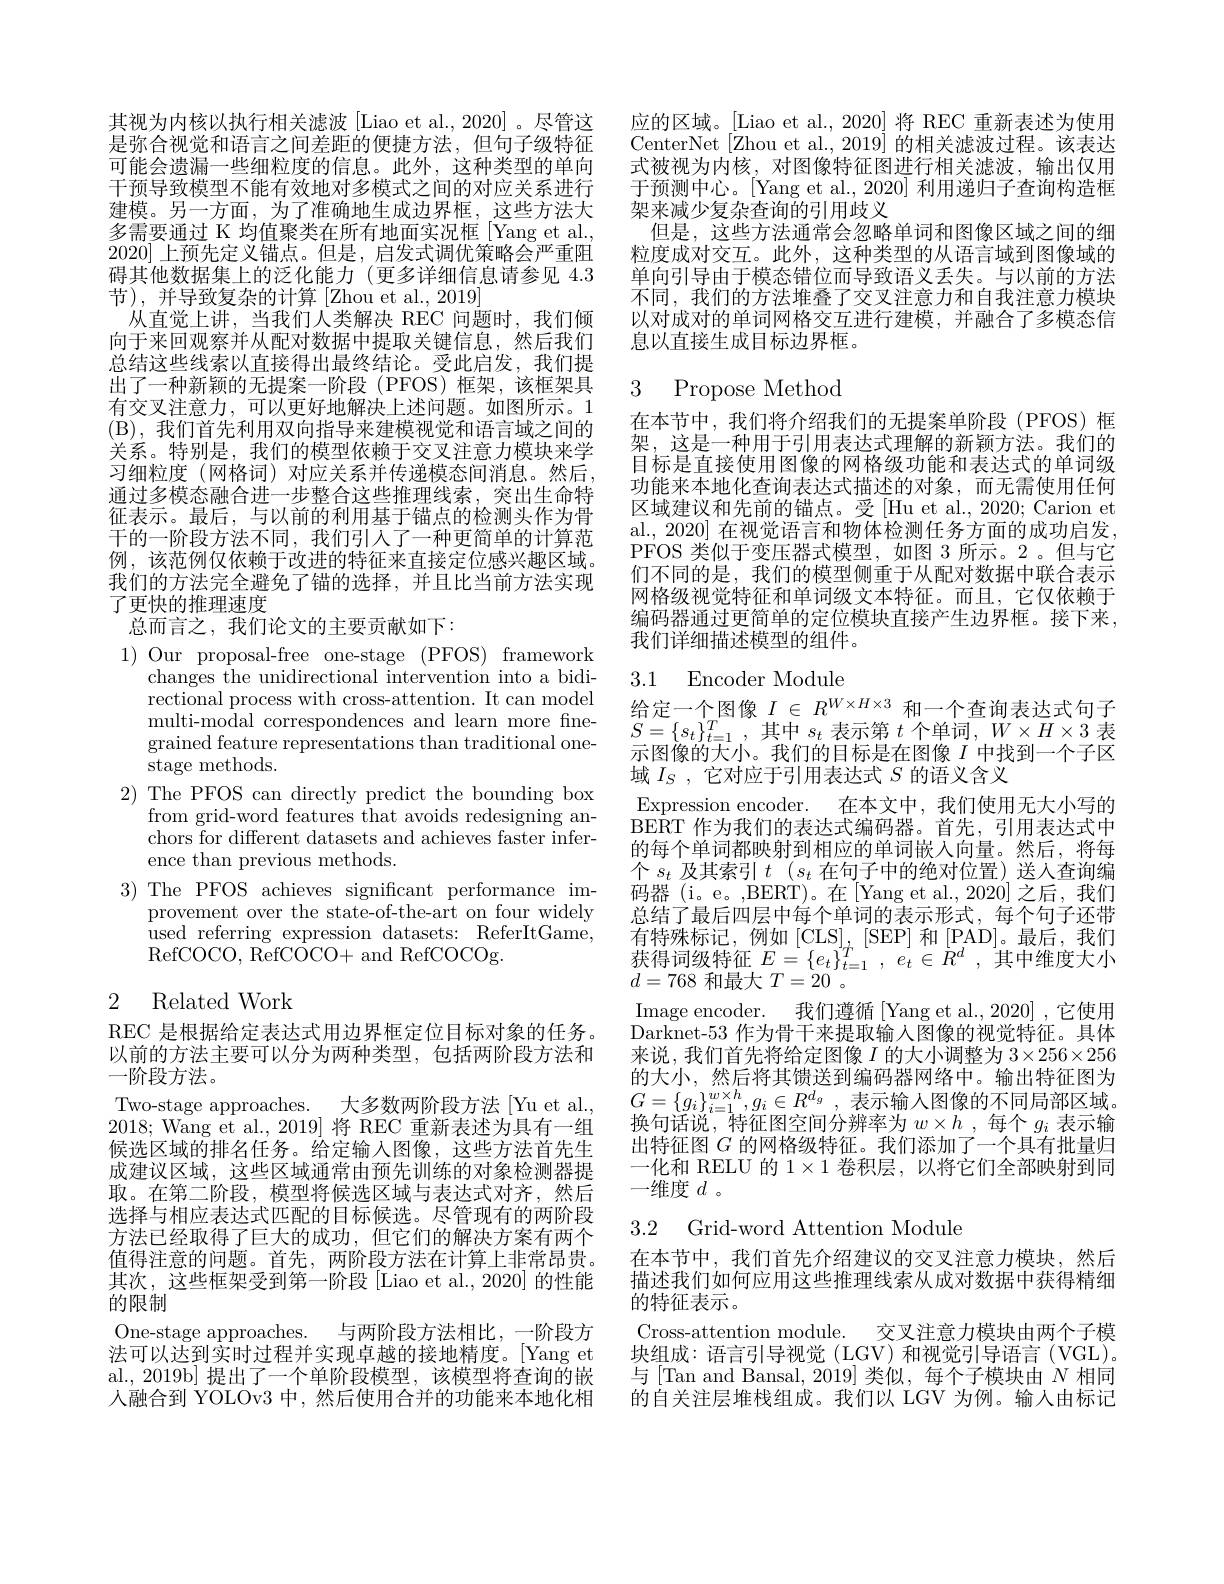
其视为内核以执行相关滤波[Liao et al.,2020]。尽管这是弥合视觉和语言之间差距的便捷方法，但句子级特征可能会遗漏一些细粒度的信息。此外，这种类型的单向干预导致模型不能有效地对多模式之间的对应关系进行建模。另一方面，为了准确地生成边界框，这些方法大多需要通过 K 均值聚类在所有地面实况框[Yang et al., 2020]上预先定义锚点。但是，启发式调优策略会严重阻碍其他数据集上的泛化能力(更多详细信息请参见 4.3节),并导致复杂的计算[Zhou et al.,2019]
从直觉上讲，当我们人类解决 REC 问题时，我们倾向于来回观察并从配对数据中提取关键信息，然后我们总结这些线索以直接得出最终结论。受此启发，我们提出了一种新颖的无提案一阶段 (PFOS)框架，该框架具有交叉注意力，可以更好地解决上述问题。如图所示。1 (B),我们首先利用双向指导来建模视觉和语言域之间的关系。特别是，我们的模型依赖于交叉注意力模块来学习细粒度 (网格词)对应关系并传递模态间消息。然后， 通过多模态融合进一步整合这些推理线索，突出生命特征表示。最后，与以前的利用基于锚点的检测头作为骨干的一阶段方法不同，我们引人了一种更简单的计算范例，该范例仅依赖于改进的特征来直接定位感兴趣区域。我们的方法完全避免了锚的选择，并且比当前方法实现了更快的推理速度
总而言之，我们论文的主要贡献如下：

1)Our proposal- free one- stage ( PFOS) framework
changes the unidirectional intervention into a bidirectional process with cross-attention. It can model multi-modal correspondences and learn more fnegrained feature representations than traditional one- ${\bar{st}}$age methods.
2) The PFOS can directly predict the bounding box
from grid-word features that avoids redesigning anchors for different datasets and achieves faster inference than previous methods.
3) The PFOS achieves significant performance im-
provement over the state-of-the-art on four widely used referring expression datasets: ReferItGame, RefCOCO, $\bar {RefCOCO}$+ and RefCOCOg.

# 2 Related Work

REC 是根据给定表达式用边界框定位目标对象的任务。以前的方法主要可以分为两种类型，包括两阶段方法和一阶段方法。
Two-stage approaches. 大多数两阶段方法 [Yu et al., 2018;Wang et al.,2019]将 REC 重新表述为具有一组候选区域的排名任务。给定输入图像，这些方法首先生成建议区域，这些区域通常由预先训练的对象检测器提取。在第二阶段，模型将候选区域与表达式对齐，然后选择与相应表达式匹配的目标候选。尽管现有的两阶段方法已经取得了巨大的成功，但它们的解决方案有两个值得注意的问题。首先，两阶段方法在计算上非常昂贵。其次，这些框架受到第一阶段 [Liao et al., 2020] 的性能的限制
One-stage approaches. 与两阶段方法相比，一阶段方法可以达到实时过程并实现卓越的接地精度。[Yang et al., 2019b] 提出了一个单阶段模型，该模型将查询的嵌人融合到 YOLOv3 中，然后使用合并的功能来本地化相

应的区域。[Liao et al.,2020] 将 REC 重新表述为使用CenterNet [Zhou et al., 2019] 的相关滤波过程。该表达式被视为内核，对图像特征图进行相关滤波，输出仅用于预测中心。[Yang et al.,2020]利用递归子查询构造框架来减少复杂查询的引用歧义
但是，这些方法通常会忽略单词和图像区域之间的细粒度成对交互。此外，这种类型的从语言域到图像域的单向引导由于模态错位而导致语义丢失。与以前的方法不同，我们的方法堆叠了交叉注意力和自我注意力模块以对成对的单词网格交互进行建模，并融合了多模态信息以直接生成目标边界框。

## 3 Propose Method

在本节中，我们将介绍我们的无提案单阶段(PFOS)框架，这是一种用于引用表达式理解的新颖方法。我们的目标是直接使用图像的网格级功能和表达式的单词级功能来本地化查询表达式描述的对象，而无需使用任何区域建议和先前的锚点。受[Hu et al., 2020; Carion et al., 2020] 在视觉语言和物体检测任务方面的成功启发PFOS 类似于变压器式模型，如图 3 所示。2。但与它们不同的是，我们的模型侧重于从配对数据中联合表示网格级视觉特征和单词级文本特征。而且，它仅依赖于编码器通过更简单的定位模块直接产生边界框。接下来， 我们详细描述模型的组件。

## 3.1 Encoder Module 给定一个图像$I\in R^{W\times H\times3}$和一个查询表达式句子

$S= \{ s_{t}\} _{t= 1}^{T}$ , 其中 $s_{t}$ 表示第 $t$ 个单词，$W\times H\times 3$ 表示图像的大小。我们的目标是在图像$I$中找到一个子区域$I_S$,它对应于引用表达式$S$的语义含义
Expression encoder. 在本文中，我们使用无大小写的$\dot{\mathrm{BERT}}$作为我们的表达式编码器。首先，引用表达式中的每个单词都映射到相应的单词嵌入向量。然后，将每个$s_t$及其索引$t$ ($s_t$在句子中的绝对位置) 送人查询编码器(i。e。,BERT)。在[Yang et al.,2020]之后，我们总结了最后四层中每个单词的表示形式，每个句子还带有特殊标记，例如[CLS],[SEP] 和。最后，我们东 得 词 级 特 征 $E= \{ e_{t}\} _{t= 1}^{T}$, $e_{t}\in R^{d}$,其 中 维 度 大 小$d=768$和最大$T=20$ 。
Image encoder. 我们遵循[Yang et al.,2020],它使用Darknet-53 作为骨干来提取输入图像的视觉特征。具体来说，我们首先将给定图像$I$的大小调整为$3\times256\times256$ 的大小，然后将其馈送到编码器网络中。输出特征图为$G= \{ g_i\} _{i= 1}^{w\times h}, g_i\in R^{d_g}$ ,表示输入图像的不同局部区域。换句话说，特征图空间分辨率为$w\times h$ ,每个$g_i$表示输出特征图$G$的网格级特征。我们添加了一个具有批量归一化和 RELU 的$1\times1$卷积层，以将它们全部映射到同一维度$d$ 。

## 3.2 Grid-word Attention Module

在本节中，我们首先介绍建议的交叉注意力模块，然后描述我们如何应用这些推理线索从成对数据中获得精细的特征表示。
Cross-attention module. 交叉注意力模块由两个子模块组成：语言引导视觉(LGV)和视觉引导语言(VGL)。与[Tan and Bansal, 2019]类似，每个子模块由$N$相同的自关注层堆栈组成。我们以 LGV 为例。输入由标记